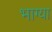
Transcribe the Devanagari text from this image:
भाग्या